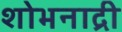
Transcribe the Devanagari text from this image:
शोभनाद्री